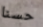
حسنا